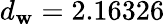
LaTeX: d_{\mathbf{w}}=2.16326